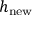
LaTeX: h _ { \mathrm { n e w } }